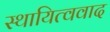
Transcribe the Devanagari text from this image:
स्थायित्ववाद